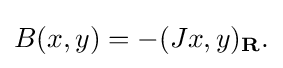
{B(x,y)=-(Jx,y)_{\mathbf {R} }.}